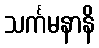
သင်္ကမနာနိ